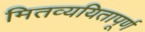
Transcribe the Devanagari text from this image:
मितव्ययितापूर्ण